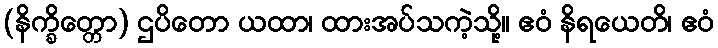
(နိက္ခိတ္တော) ဌပိတော ယထာ၊ ထားအပ်သကဲ့သို့။ ဧဝံ နိရယေတိ၊ ဧဝံ